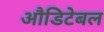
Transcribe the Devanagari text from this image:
औडिटेबल